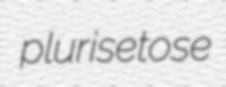
plurisetose